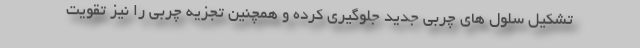
تشکیل سلول های چربی جدید جلوگیری کرده و همچنین تجزیه چربی را نیز تقویت